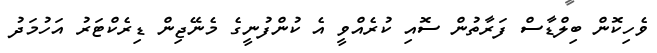
ވެހިކޮން ބިލްޑާސް ފަރާތުން ސޮއި ކުރެއްވީ އެ ކުންފުނީގެ މެނޭޖިން ޑިރެކްޓަރު އަހުމަދު